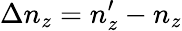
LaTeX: \Delta n_{z}=n_{z}^{\prime}-n_{z}